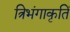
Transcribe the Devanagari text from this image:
त्रिभंगाकृतिं